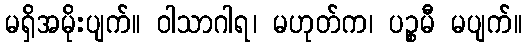
မရှိအမိုးပျက်။ ဝါသာဂါရ၊ မဟုတ်က၊ ပဉ္စမီ မပျက်။